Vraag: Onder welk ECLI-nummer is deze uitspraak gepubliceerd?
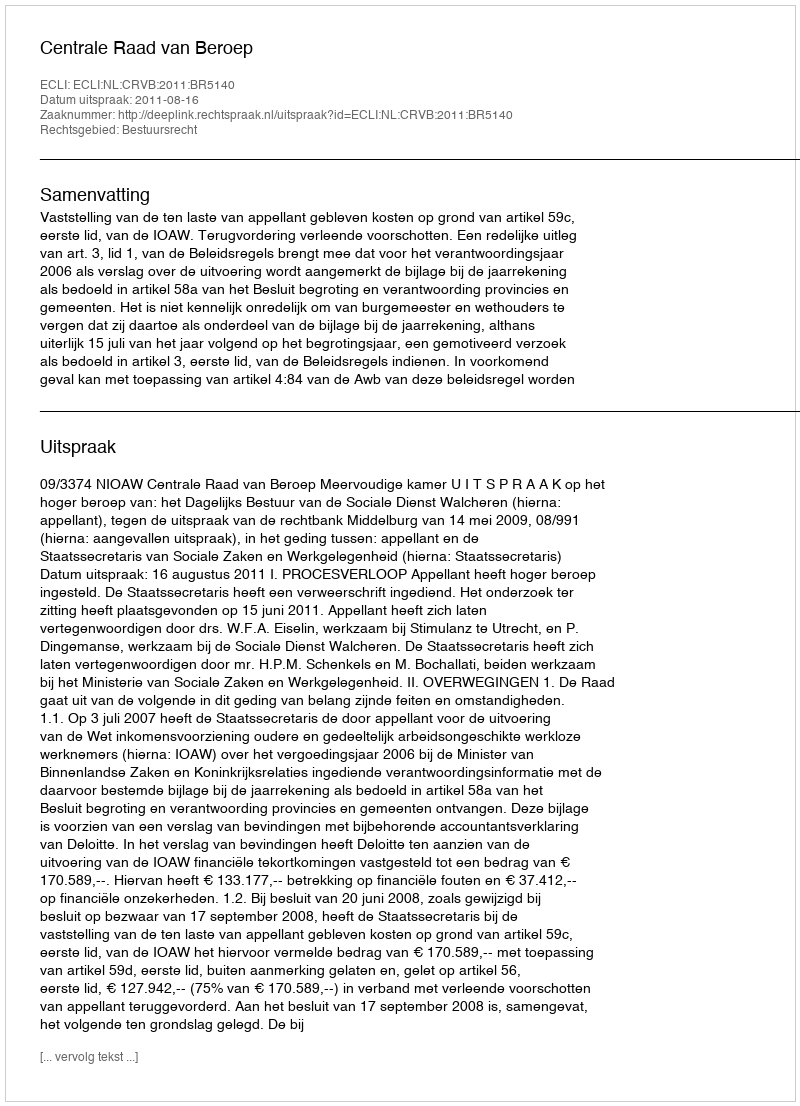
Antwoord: ECLI:NL:CRVB:2011:BR5140